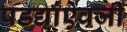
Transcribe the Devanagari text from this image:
पडद्यांऐवजी